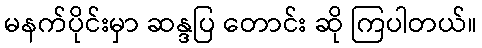
မနက်ပိုင်းမှာ ဆန္ဒပြ တောင်း ဆို ကြပါတယ်။